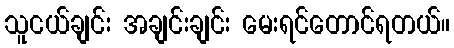
သူငယ်ချင်း အချင်းချင်း မေးရင်တောင်ရတယ်။